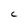
Character: C